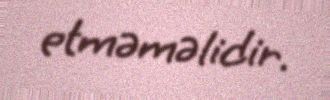
etməməlidir.